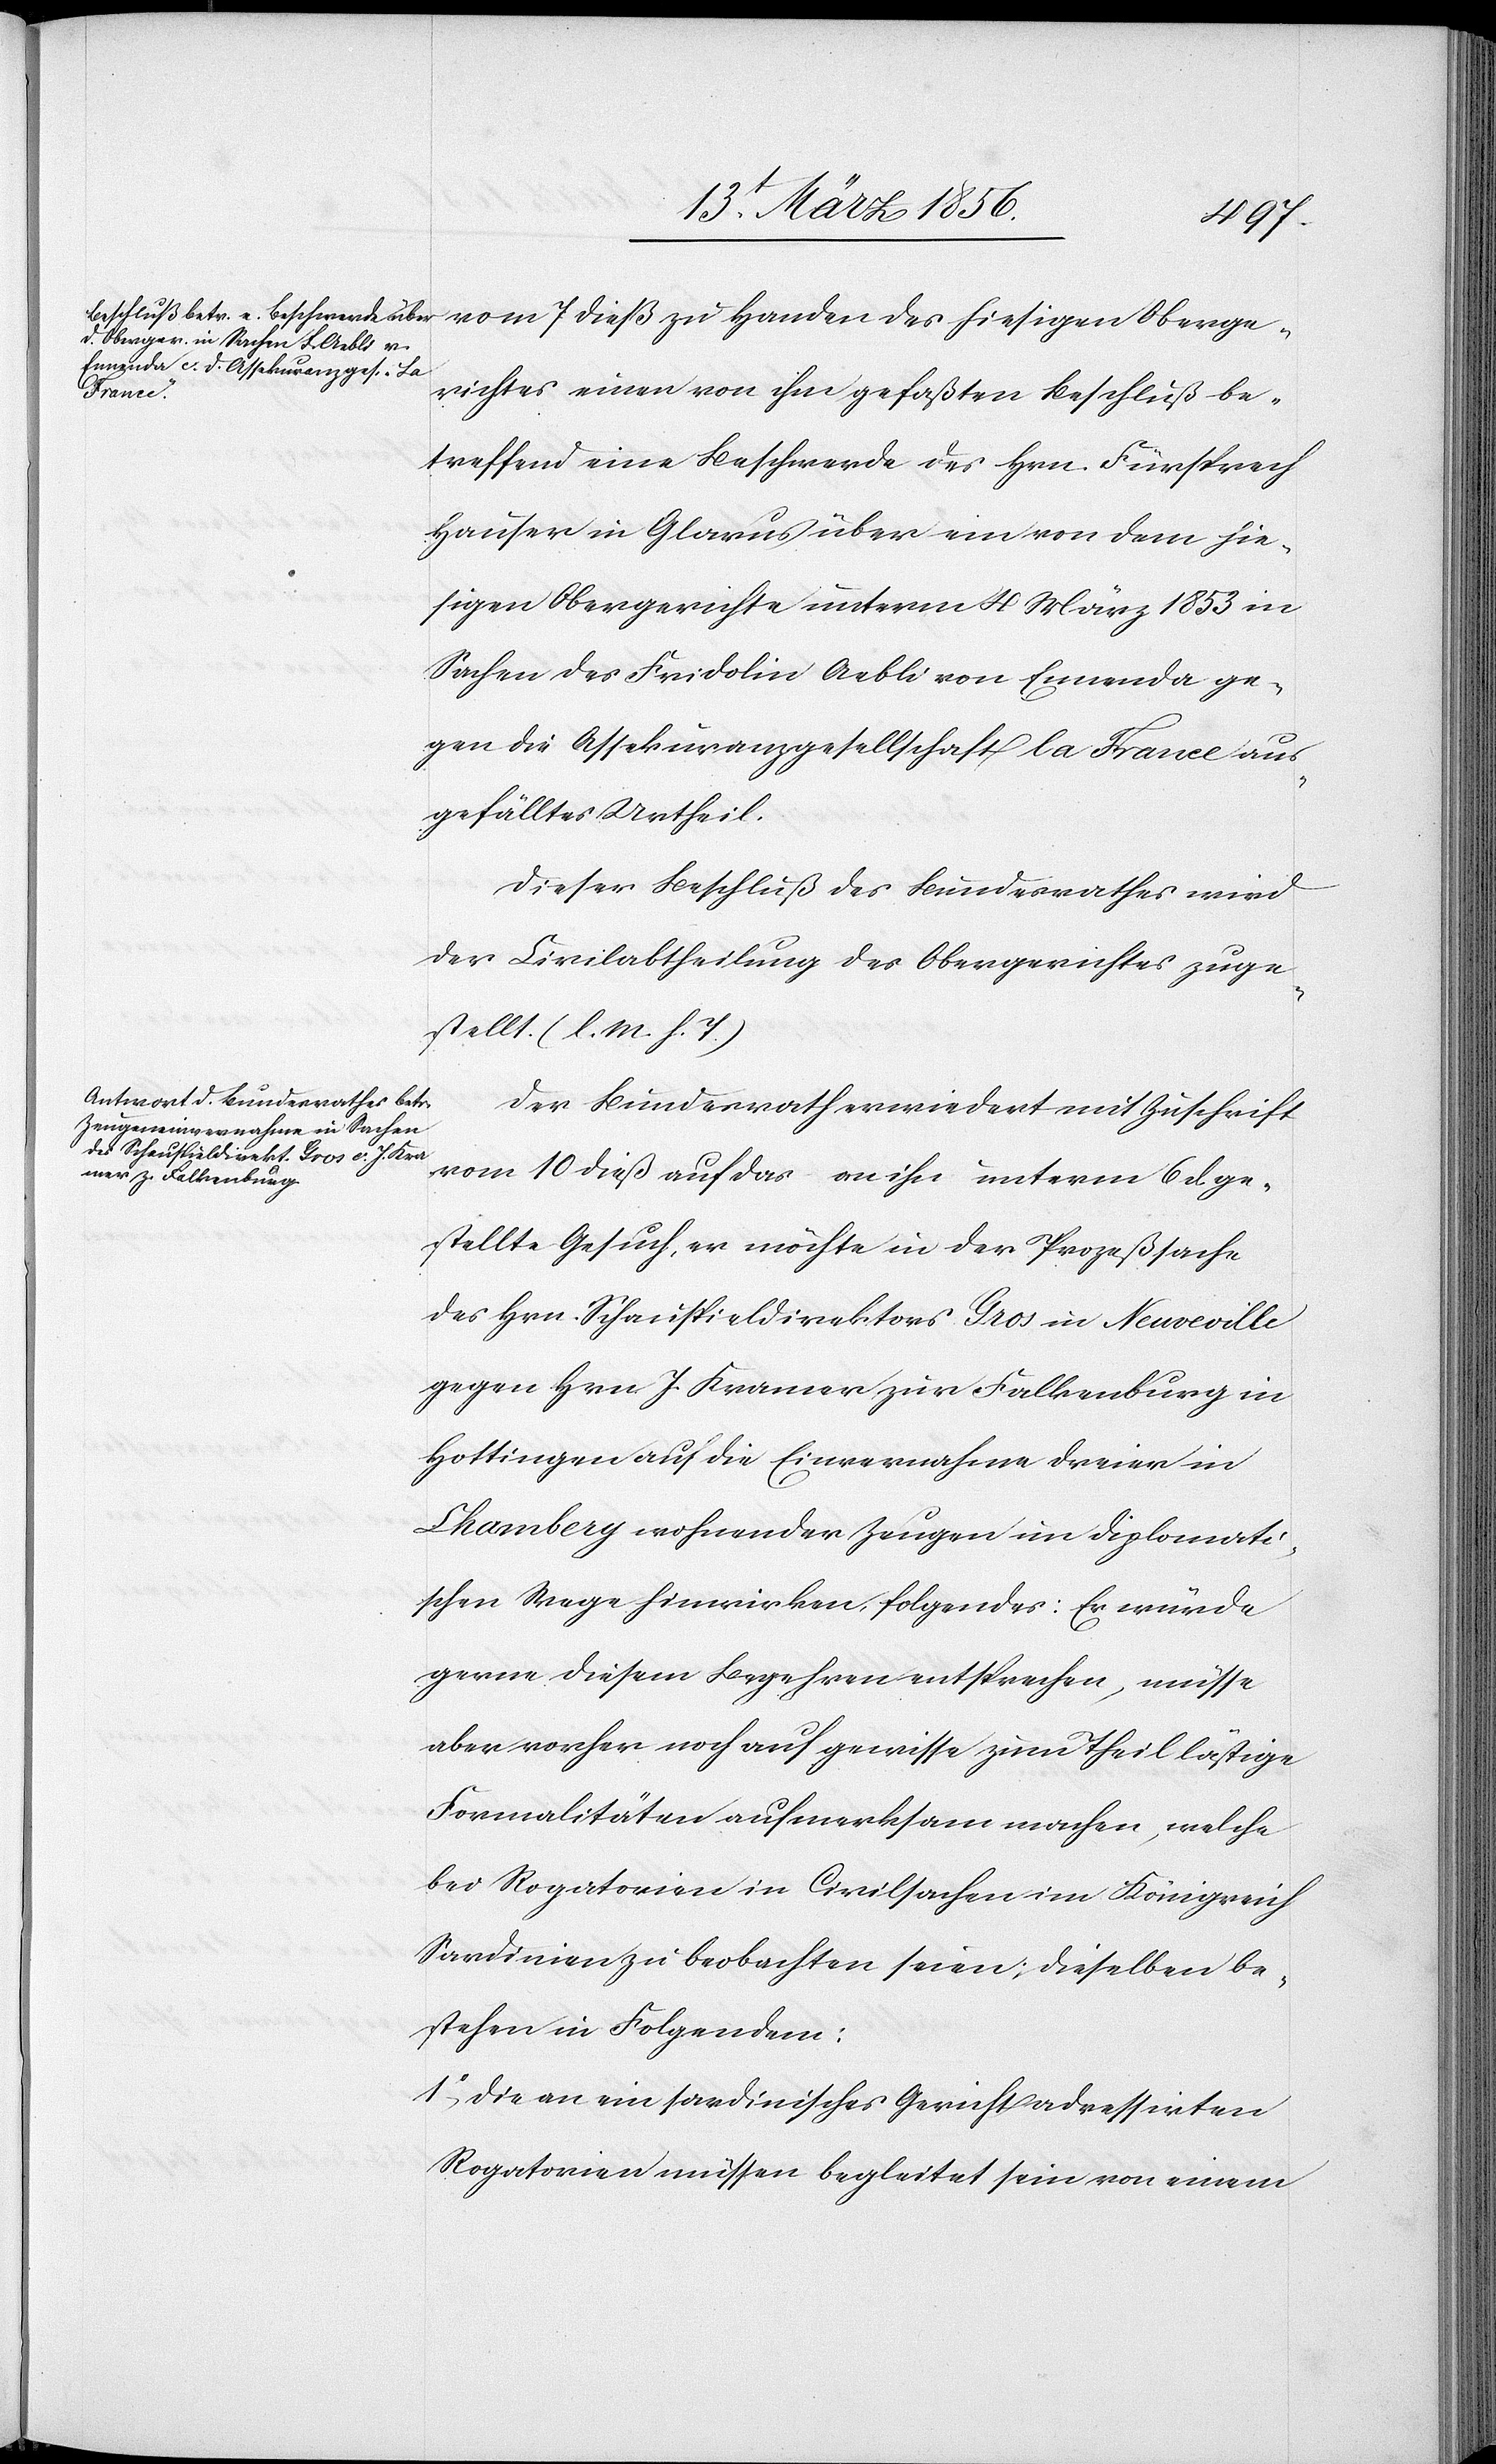
vom 7 dieß zu Handen des hiesigen Oberge¬
richtes einen von ihm gefaßten Beschluß be¬
treffend eine Beschwerde des Hrn. Fürsprech
Hauser in Glarus über ein von dem hie¬
sigen Obergerichte unterm 4 März 1853 in
Sachen des Fridolin Aebli von Ennenda ge¬
gen die Assekuranzgesellschaft la France aus¬
gefälltes Urtheil.
Dieser Beschluß des Bundesrathes wird
der Civilabtheilung des Obergerichtes zuge¬
stellt. (l. M. h. T)
Der Bundesrath erwiedert mit Zuschrift
vom 10 dieß auf das an ihn unterm 6 d. ge¬
stellte Gesuch, er möchte in der Prozeßsache
des Hrn. Schauspieldirektors Gros in Neuveville
gegen Hrn. J. Kramer zur Falkenburg in
Hottingen auf die Einvernahme dreier in
Chambery wohnender Zeugen im diplomati¬
schen Wege hinwirken, folgendes: Er würde
gerne diesem Begehren entsprechen, müsse
aber vorher noch auf gewisse zum Theil lästige
Formalitäten aufmerksam machen, welche
bei Rogatorien in Civilsachen im Königreich
Sardinien zu beobachten seien; dieselben be¬
stehen in Folgendem:
1o, Die an ein sardinisches Gericht adressierten
Rogatorien müssen begleitet sein von einem